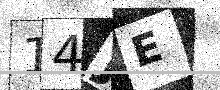
Text: 14JE